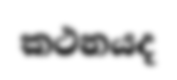
කථනයද